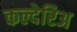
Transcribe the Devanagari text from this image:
कल्देरिअ